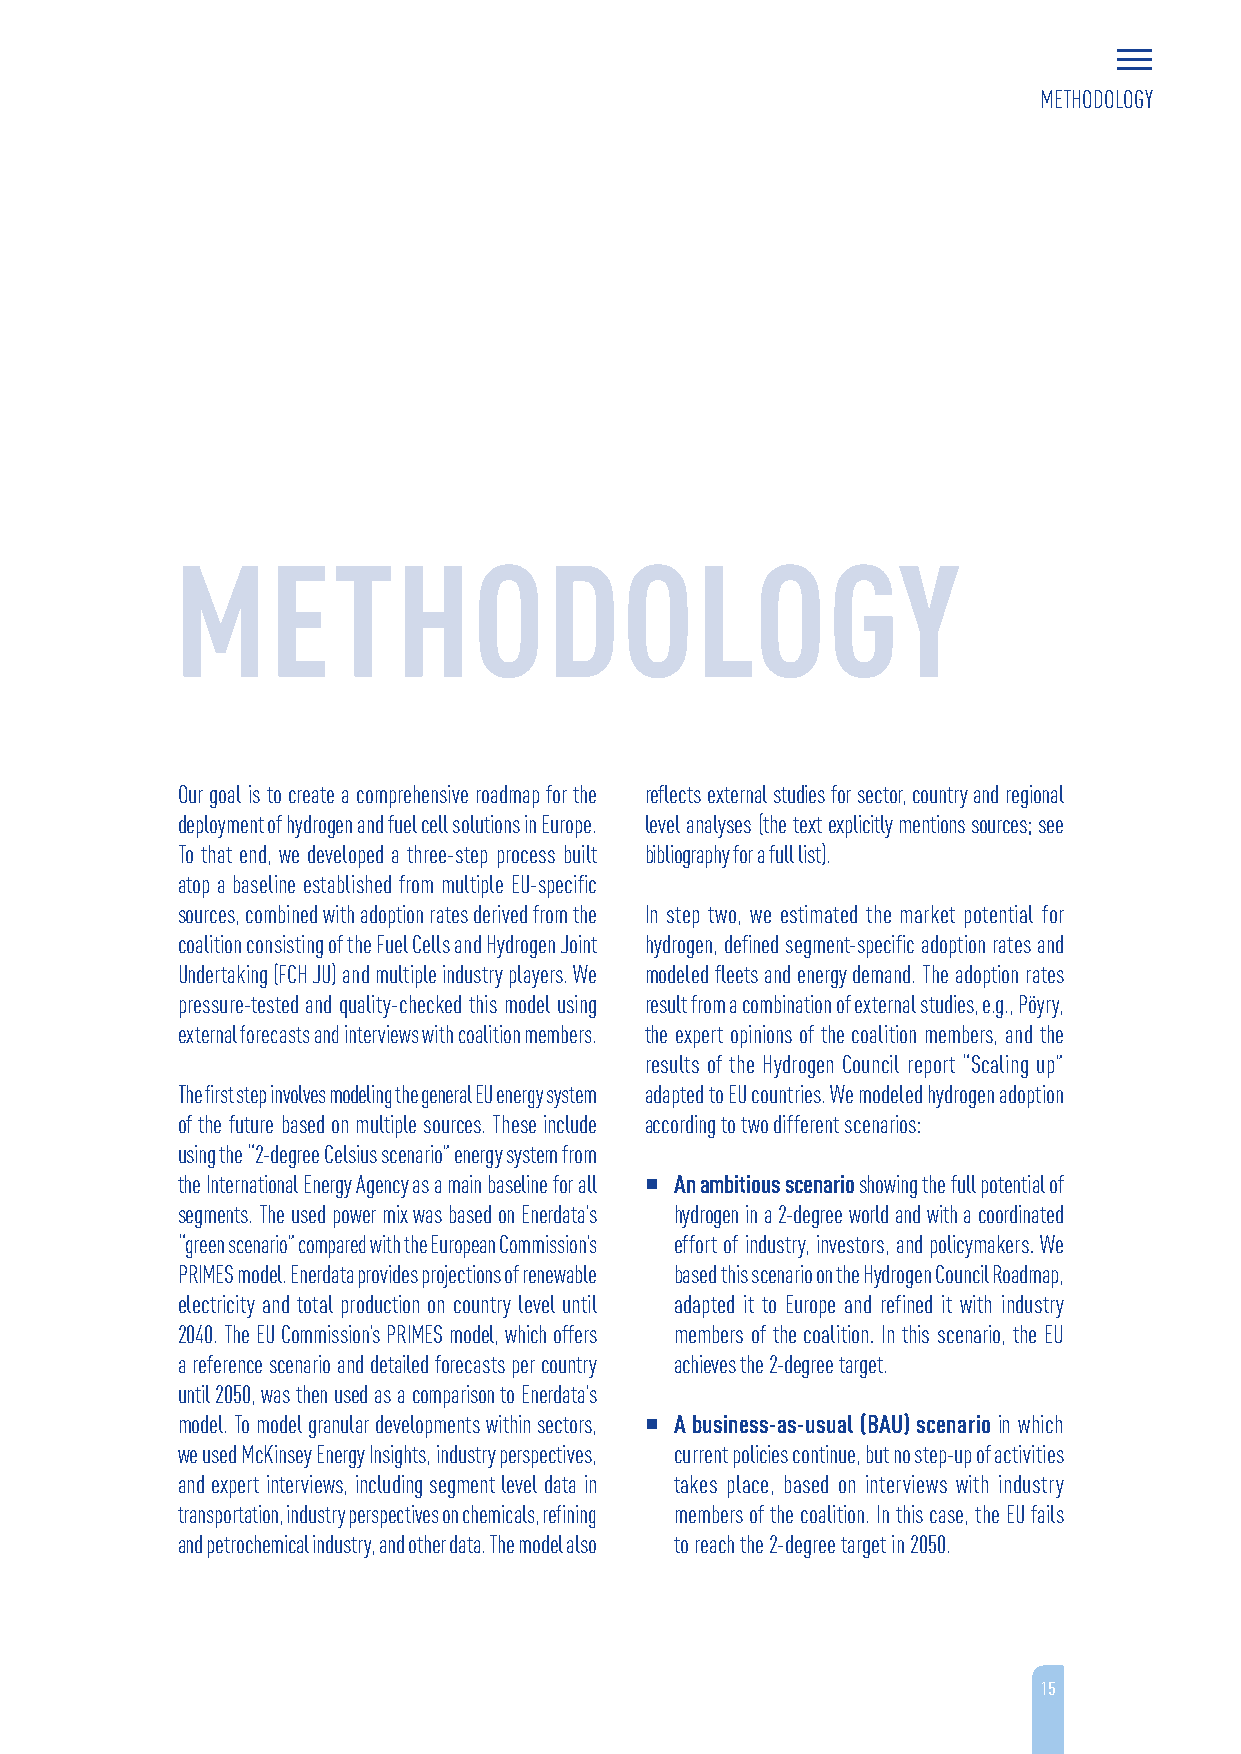
METHODOLOGY
 METHODOLOGY
 Our goal is to create a comprehensive roadmap for the reflects external studies for sector, country and regional
 deployment of hydrogen and fuel cell solutions in Europe. level analyses (the text explicitly mentions sources; see
 To that end, we developed a three-step process built bibliography for a full list).
 atop a baseline established from multiple EU-specific
 sources, combined with adoption rates derived from the In step two, we estimated the market potential for
 coalition consisting of the Fuel Cells and Hydrogen Joint hydrogen, defined segment-specific adoption rates and
 Undertaking (FCH JU) and multiple industry players. We modeled fleets and energy demand. The adoption rates
 pressure-tested and quality-checked this model using result from a combination of external studies, e.g., Pöyry,
 external forecasts and interviews with coalition members. the expert opinions of the coalition members, and the
 results of the Hydrogen Council report “Scaling up”
 The first step involves modeling the general EU energy system adapted to EU countries. We modeled hydrogen adoption
 of the future based on multiple sources. These include according to two different scenarios:
 using the “2-degree Celsius scenario” energy system from
 the International Energy Agency as a main baseline for all  An ambitious scenario showing the full potential of
 segments. The used power mix was based on Enerdata’s hydrogen in a 2-degree world and with a coordinated
 “green scenario” compared with the European Commission’s effort of industry, investors, and policymakers. We
 PRIMES model. Enerdata provides projections of renewable based this scenario on the Hydrogen Council Roadmap,
 electricity and total production on country level until adapted it to Europe and refined it with industry
 2040. The EU Commission’s PRIMES model, which offers members of the coalition. In this scenario, the EU
 a reference scenario and detailed forecasts per country achieves the 2-degree target.
 until 2050, was then used as a comparison to Enerdata’s
 model. To model granular developments within sectors,  A business-as-usual (BAU) scenario in which
 we used McKinsey Energy Insights, industry perspectives, current policies continue, but no step-up of activities
 and expert interviews, including segment level data in takes place, based on interviews with industry
 transportation, industry perspectives on chemicals, refining members of the coalition. In this case, the EU fails
 and petrochemical industry, and other data. The model also to reach the 2-degree target in 2050.
 15